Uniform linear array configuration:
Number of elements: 24
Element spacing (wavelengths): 0.5
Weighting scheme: binomial
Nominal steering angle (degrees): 45
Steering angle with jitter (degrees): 46.572
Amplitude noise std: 0.05
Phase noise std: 0.05

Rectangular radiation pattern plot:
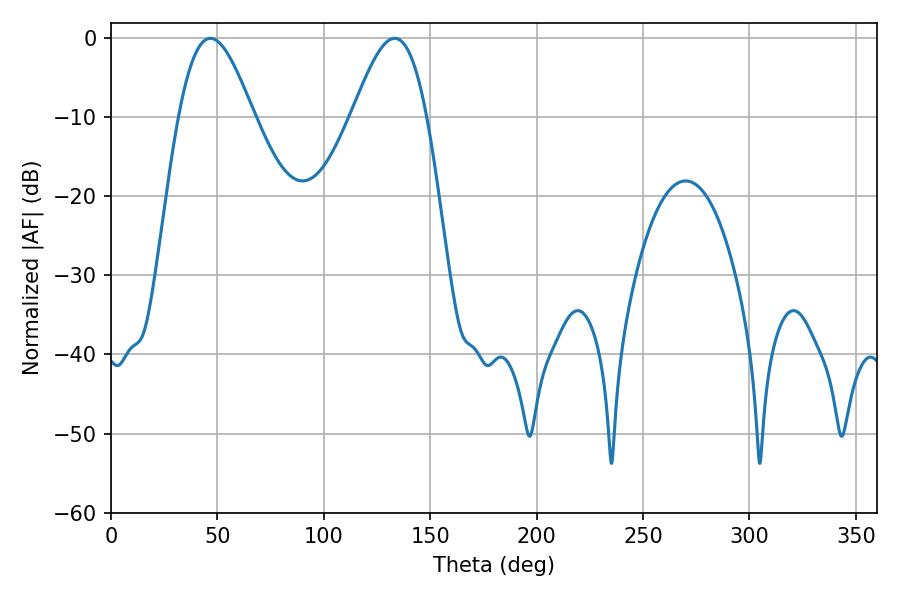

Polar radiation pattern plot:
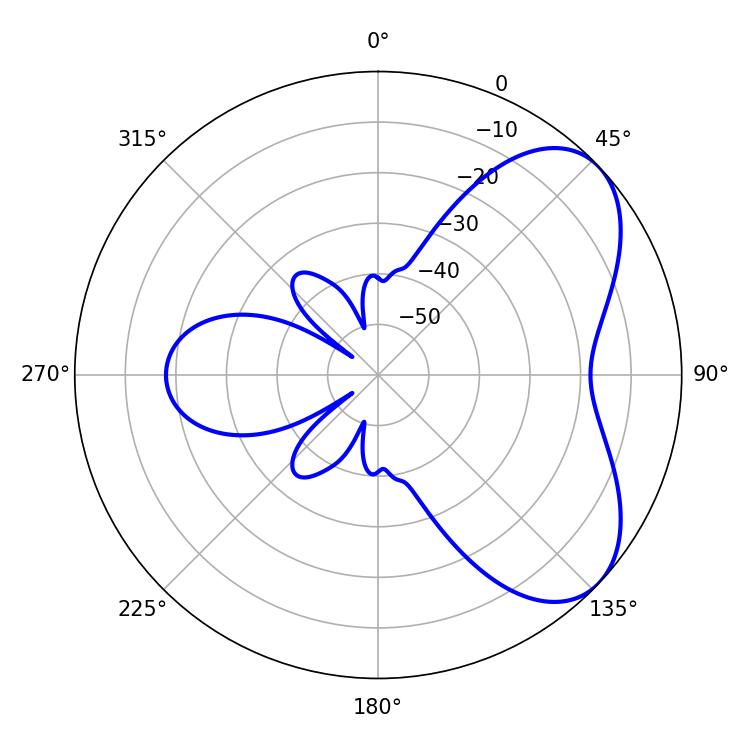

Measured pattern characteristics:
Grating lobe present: FALSE
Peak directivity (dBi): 5.691
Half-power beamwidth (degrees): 18.72
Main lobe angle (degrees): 46.62